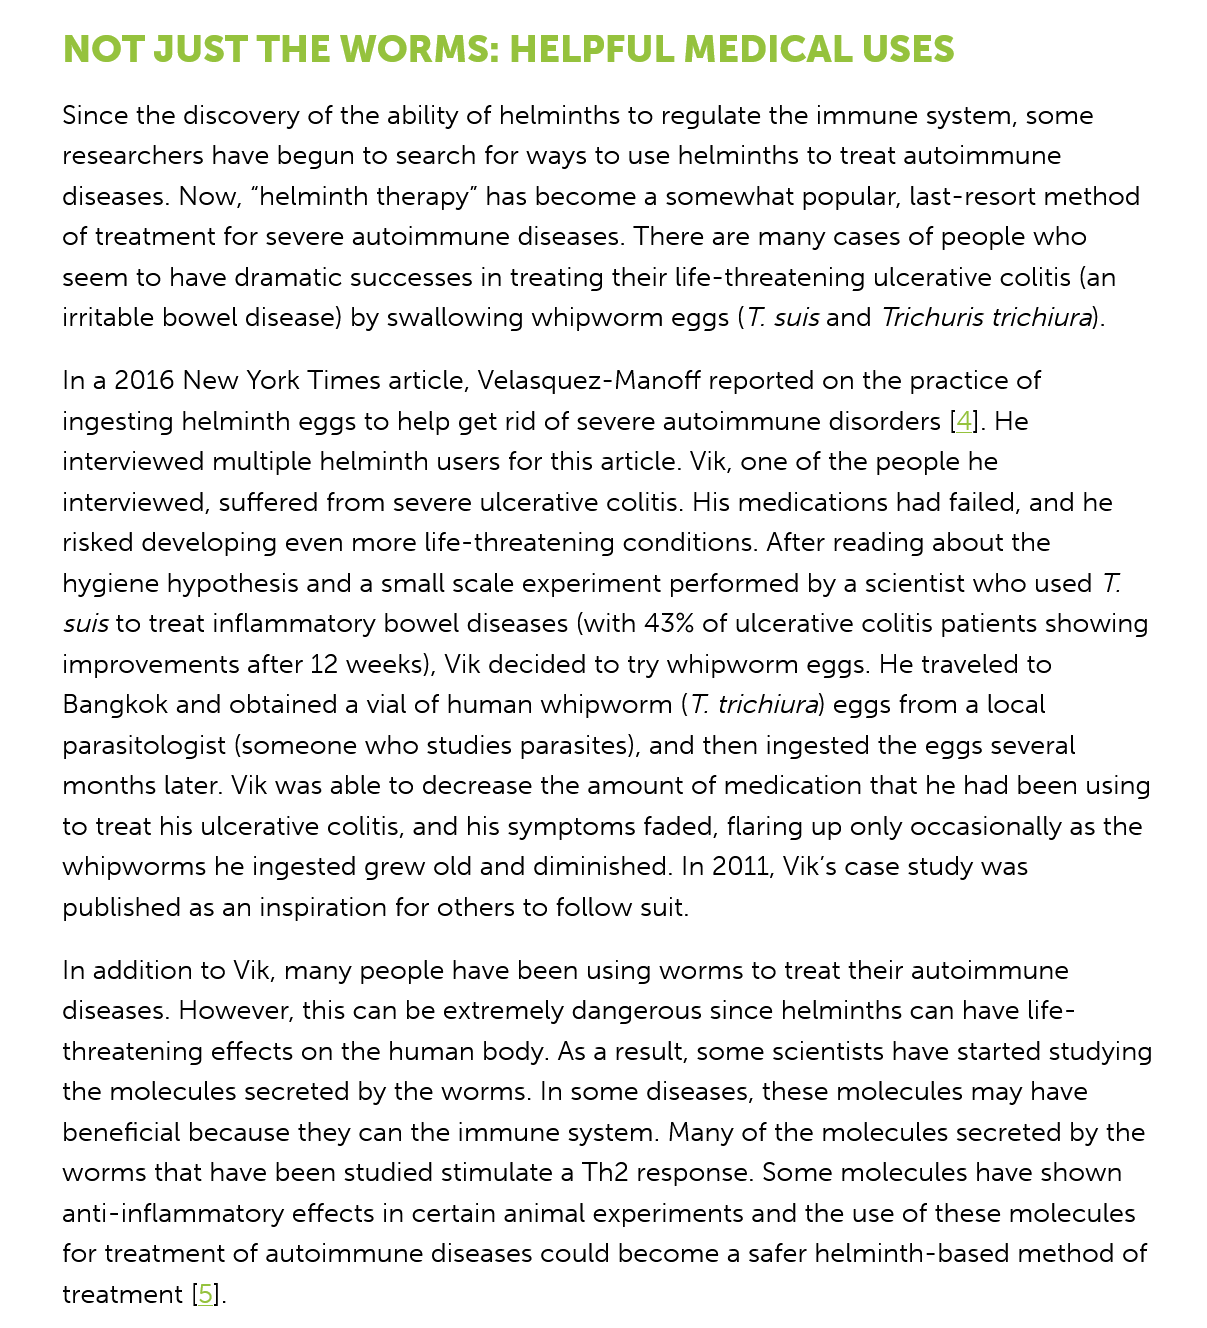
NOT    JUST   THE   WORMS:    HELPFUL    MEDICAL    USES
     Since the discovery of the ability of helminths to regulate the immune system, some
     researchers have begun to search for ways to use helminths to treat autoimmune
     diseases. Now, “helminth therapy” has become a somewhat popular, last-resort method
     of treatment for severe autoimmune diseases. There are many cases of people who
     seem to have dramatic successes in treating their life-threatening ulcerative colitis (an
     irritable bowel disease) by swallowing whipworm eggs (T. suis and Trichuris trichiura).
     In a 2016 New York Times article, Velasquez-Manoff reported on the practice of
     ingesting helminth eggs to help get rid of severe autoimmune disorders [4]. He
     interviewed multiple helminth users for this article. Vik, one of the people he
     interviewed, suffered from severe ulcerative colitis. His medications had failed, and he
     risked developing even more life-threatening conditions. After reading about the
     hygiene hypothesis and a small scale experiment performed by a scientist who used T.
     suis to treat inflammatory bowel diseases (with 43% of ulcerative colitis patients showing
     improvements after 12 weeks), Vik decided to try whipworm eggs. He traveled to
     Bangkok and obtained a vial of human whipworm (T. trichiura) eggs from a local
     parasitologist (someone who studies parasites), and then ingested the eggs several
     months later. Vik was able to decrease the amount of medication that he had been using
     to treat his ulcerative colitis, and his symptoms faded, flaring up only occasionally as the
     whipworms he ingested grew old and diminished. In 2011, Vik's case study was
     published as an inspiration for others to follow suit.
     In addition to Vik, many people have been using worms to treat their autoimmune
     diseases. However, this can be extremely dangerous since helminths can have life-
     threatening effects on the human body. As a result, some scientists have started studying
     the molecules secreted by the worms. In some diseases, these molecules may have
     beneficial because they can the immune system. Many of the molecules secreted by the
     worms that have been studied stimulate a Th2 response. Some molecules have shown
     anti-inflammatory effects in certain animal experiments and the use of these molecules
     for treatment of autoimmune diseases could become a safer helminth-based method of
     treatment [5].